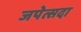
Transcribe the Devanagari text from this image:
जपेत्सदा